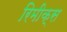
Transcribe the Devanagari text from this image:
रिमीक्स